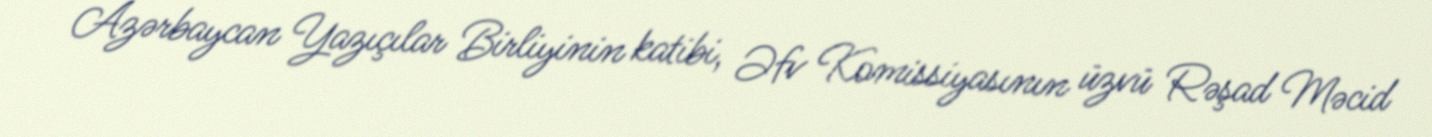
Azərbaycan Yazıçılar Birliyinin katibi, Əfv Komissiyasının üzvü Rəşad Məcid